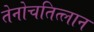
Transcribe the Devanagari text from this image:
तेनोचतित्लान